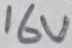
Text: 16V